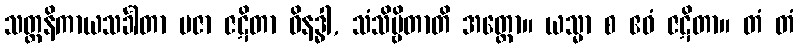
သတ္တနိကာယသင်္ခါတာ ပဇာ ဇဋိတာ ဝိနဒ္ဓါ, သံသိဗ္ဗိတာတိ အတ္ထော။ ယသ္မာ စ ဧဝံ ဇဋိတာ။ တံ တံ